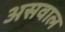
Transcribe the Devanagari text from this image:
असवाल